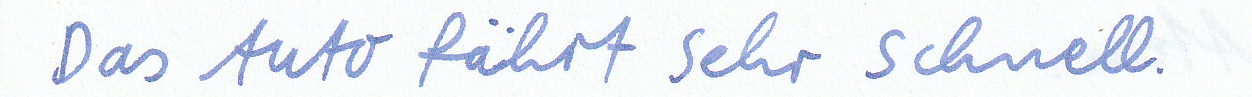
Das Auto fährt sehr schnell.